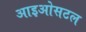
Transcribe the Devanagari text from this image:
आइओसटल